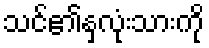
သင်၏နှလုံးသားကို